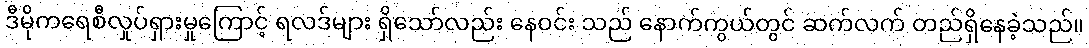
ဒီမိုကရေစီလှုပ်ရှားမှုကြောင့် ရလဒ်များ ရှိသော်လည်း နေဝင်း သည် နောက်ကွယ်တွင် ဆက်လက် တည်ရှိနေခဲ့သည်။